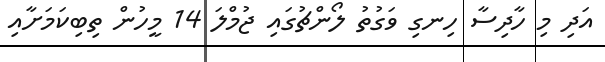
އަދި މި ހާދިސާ ހިނގި ވަގުތު ލޯންޗުގައި ޖުމްލަ 14 މީހުން ތިބިކަމަށާއި